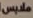
ملابس